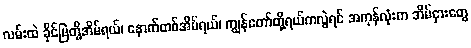
လမ်းထဲ ခိုင်မြဲတို့အိမ်ရယ်၊ နောက်တစ်အိမ်ရယ်၊ ကျွန်တော်တို့ရယ်ကလွဲရင် အကုန်လုံးက အိမ်ငှားတွေ